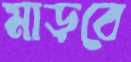
মাড়বে